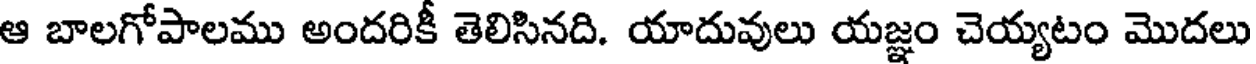
ఆ బాలగోపాలము అందరికీ తెలిసినది. యాదువులు యజ్ఞం చెయ్యటం మొదలు